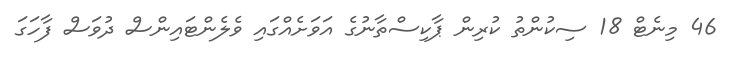
46 މިނެޓް 18 ސިކުންތު ކުރިން ޕާކިސްތާނުގެ އަވަށެއްގައި ވެލެންޓައިންސް ދުވަސް ފާހަގަ